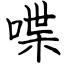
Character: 喋